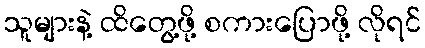
သူများနဲ့ ထိတွေ့ဖို့ စကားပြောဖို့ လိုရင်